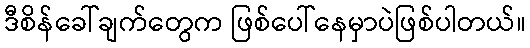
ဒီစိန်ခေါ်ချက်တွေက ဖြစ်ပေါ်နေမှာပဲဖြစ်ပါတယ်။